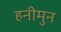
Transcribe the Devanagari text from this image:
हनीमुन